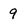
Character: 9